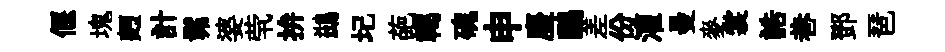
偃塊麪計髴婆茕拚鷀圮葩轕磈申麈鷗差份灌曼麥裳誥巷鄧琶